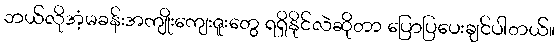
ဘယ်လိုအံ့မခန်းအကျိုးကျေးဇူးတွေ ရရှိနိုင်လဲဆိုတာ ပြောပြပေးချင်ပါတယ်။